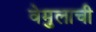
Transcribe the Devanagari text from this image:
वेमुलाची